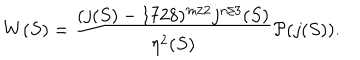
W ( S ) = \frac { ( j ( S ) - 1 7 2 8 ) ^ { m / 2 } j ^ { n / 3 } ( S ) } { \eta ^ { 2 } ( S ) } { \cal P } ( j ( S ) ) .